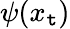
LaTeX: \psi(x_{\mathtt{t}})